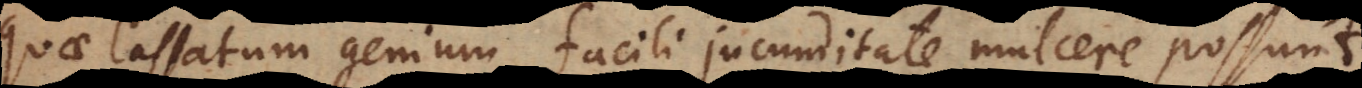
quae lassatum genium facili jucunditate mulcere possunt;